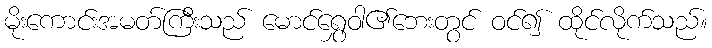
မိုးကောင်းအမတ်ကြီးသည် မောင်ရွှေဝါ၏ဘေးတွင် ဝင်၍ ထိုင်လိုက်သည်။